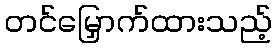
တင်မြှောက်ထားသည့်